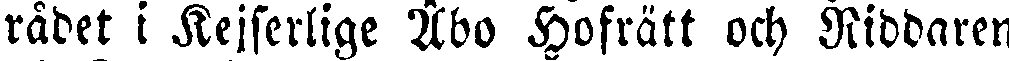
rådet i Kejserlige Åbo Hofrätt och Riddaren